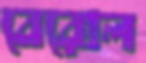
বেরোল